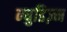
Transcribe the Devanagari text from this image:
न्युडिज़्म